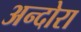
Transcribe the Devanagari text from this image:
अन्दोरा